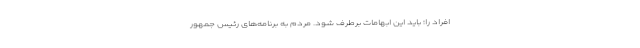
افراد را؛ باید این ابهامات برطرف شود. مردم به برنامه‌های رئیس جمهور